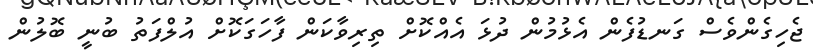
ޖެހިގެންވެސް ގަނޑުފެން އެޅުމުން ދުޅަ އެއްކޮށް ތިރިވާކަން ފާހަގަކޮށް އުލްފަތު ބުނީ ބޮލުން